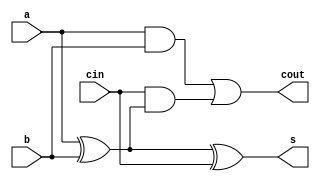
module fulladder_12 (
    input a,
    input b,
    input cin,
    output reg s,
    output reg cout
  );
  
  
  
  reg i;
  reg j;
  reg k;
  
  always @* begin
    s = a ^ b ^ cin;
    i = a & b;
    j = a ^ b;
    k = cin & j;
    cout = i | k;
  end
endmodule